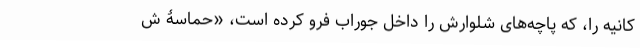
کانیه را، که پاچه‌های شلوارش را داخل جوراب فرو کرده است، «حماسۀ ش